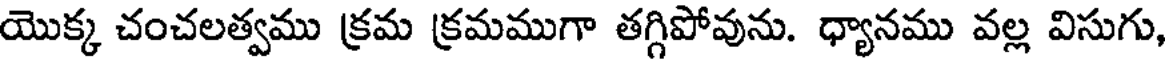
యొక్క చంచలత్వము క్రమ క్రమముగా తగ్గిపోవును. ధ్యానము వల్ల విసుగు,